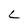
Character: L